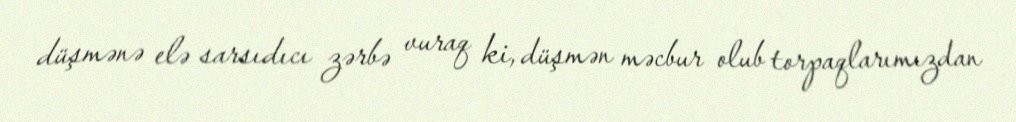
düşmənə elə sarsıdıcı zərbə vuraq ki, düşmən məcbur olub torpaqlarımızdan